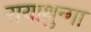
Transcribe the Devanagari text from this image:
रायाथुन्गा